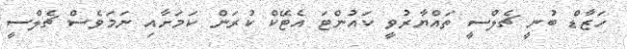
ހަޒާޑް ބުނީ ޗެލްސީ ތައްޔާރުވީ ކައުންޓަ އެޓޭކް ކުރަން ކަމަށާއި ނަމަވެސް ޗެލްސީ